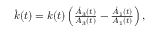
\begin{array} { r } { \dot { k } ( t ) = k ( t ) \left( \frac { \dot { A } _ { 3 } ( t ) } { A _ { 3 } ( t ) } - \frac { \dot { A } _ { 1 } ( t ) } { A _ { 1 } ( t ) } \right) , } \end{array}